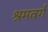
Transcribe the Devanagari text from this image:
श्रमवर्ग